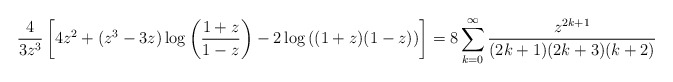
\begin{align*}\frac{4}{3z^3}\left[4z^2 +(z^3-3z)\log\left(\frac{1+z}{1-z}\right) -2\log\left((1+z)(1-z)\right)\right] = 8\sum_{k=0}^{\infty}\frac{z^{2k+1}}{(2k+1)(2k+3)(k+2)} \end{align*}